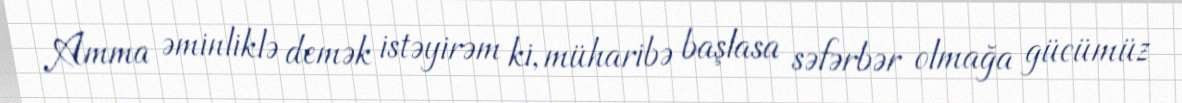
Amma əminliklə demək istəyirəm ki, müharibə başlasa səfərbər olmağa gücümüz